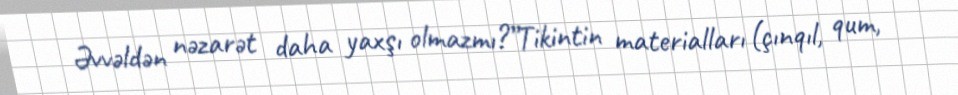
Əvvəldən nəzarət daha yaxşı olmazmı?”Tikintin materialları (çınqıl, qum,